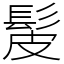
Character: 髲